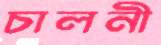
চালনী